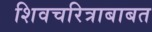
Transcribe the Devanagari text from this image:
शिवचरित्राबाबत